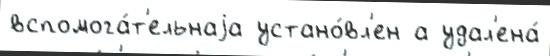
вспомога́т'ельнаjа устано́вл'ен а удал'ена́